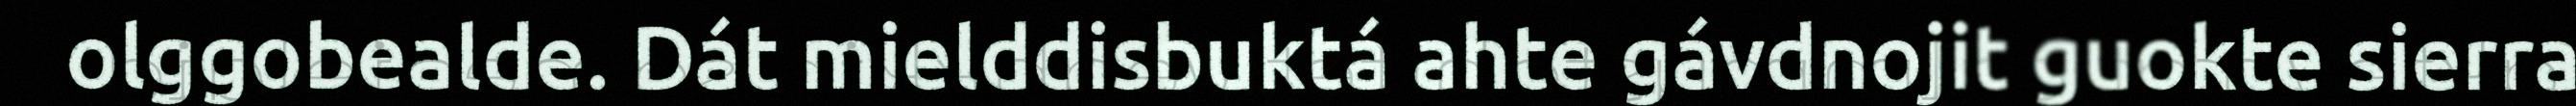
olggobealde. Dát mielddisbuktá ahte gávdnojit guokte sierra